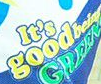
goodbeing